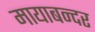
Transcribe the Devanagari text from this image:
मायाबन्दर